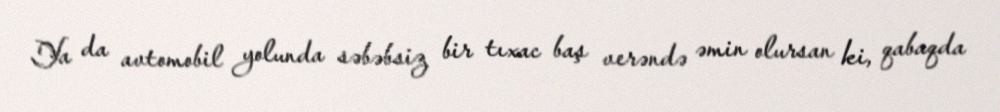
Ya da avtomobil yolunda səbəbsiz bir tıxac baş verəndə əmin olursan ki, qabaqda